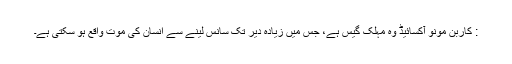
: کاربن مونو آکسائیڈ وہ مہلک گیس ہے، جس میں زیادہ دیر تک سانس لینے سے انسان کی موت واقع ہو سکتی ہے۔